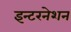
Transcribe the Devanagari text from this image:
इन्टरनेशन